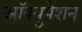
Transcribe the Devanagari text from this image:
आॅक्युपेशन